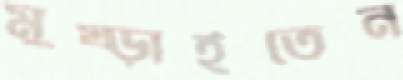
মুষ্‌ড়াইতেন